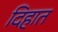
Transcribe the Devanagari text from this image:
दिहात